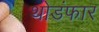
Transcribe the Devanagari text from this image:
थोडंफार